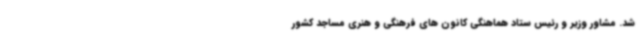
شد. مشاور وزیر و رئیس ستاد هماهنگی کانون های فرهنگی و هنری مساجد کشور